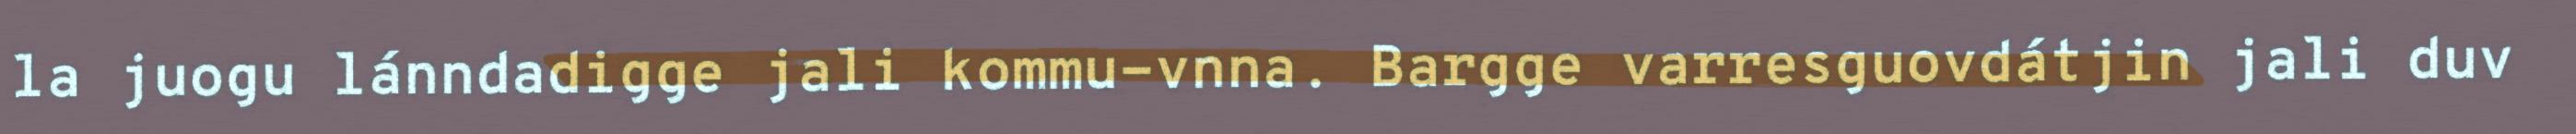
la juogu lánndadigge jali kommu-vnna. Bargge varresguovdátjin jali duv